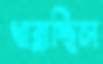
খাব্‌লাচ্ছিল